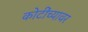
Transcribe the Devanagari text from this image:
कोटींच्यावर